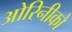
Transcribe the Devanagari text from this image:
ओरिनीको